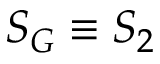
{ \cal S } _ { G } \equiv { \cal S } _ { 2 }